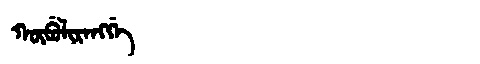
Manchu: ᡴᡡᠪᡠᠯᡳᡵᠠᠩᡤᡝ
Romanization: KŪBULIRANGGE